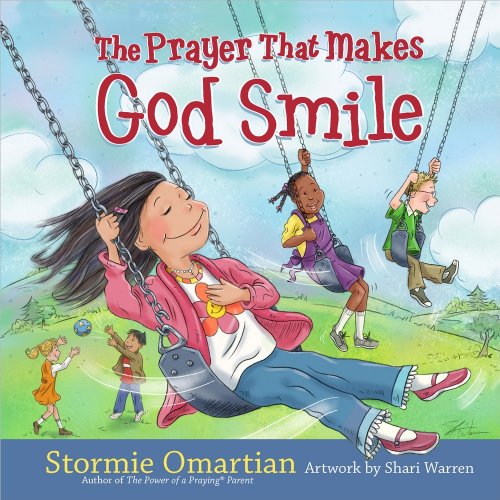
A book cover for The Prayer That Makes God Smile; Stormie Omartian; Children's Books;